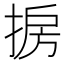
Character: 𱠒